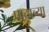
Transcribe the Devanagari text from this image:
पाठाच्या